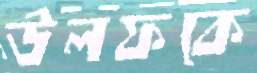
উলফকে